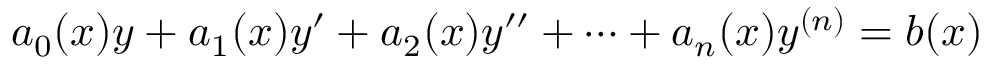
a _ { 0 } ( x ) y + a _ { 1 } ( x ) y ^ { \prime } + a _ { 2 } ( x ) y ^ { \prime \prime } + \cdots + a _ { n } ( x ) y ^ { ( n ) } = b ( x )